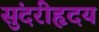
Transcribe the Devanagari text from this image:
सुंदरीहृदय